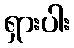
ရှားပါး